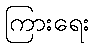
ကြားရေး